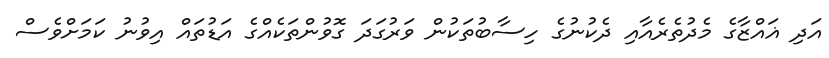
އަދި ޣައްޒާގެ މެދުތެރެއާއި ދެކުނުގެ ހިސާބުތަކުން ވަރުގަދަ ގޮވުންތަކެއްގެ އަޑުތައް އިވުނު ކަމަށްވެސް